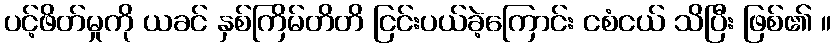
ပင့်ဖိတ်မှုကို ယခင် နှစ်ကြိမ်တိတိ ငြင်းပယ်ခဲ့ကြောင်း ငစံငယ် သိပြီး ဖြစ်၏ ။